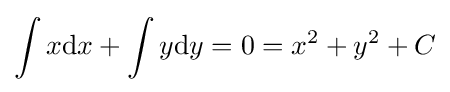
\int x{\text{d}}x+\int y{\text{d}}y=0=x^{2}+y^{2}+C